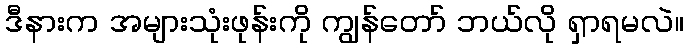
ဒီနားက အများသုံးဖုန်းကို ကျွန်တော် ဘယ်လို ရှာရမလဲ။